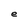
Character: e